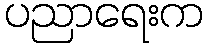
ပညာရေးက